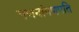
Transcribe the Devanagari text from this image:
गणनांगणपति